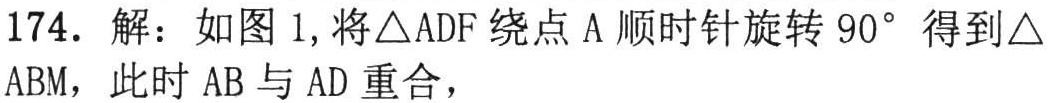
174. 解：如图 1,将\(\triangle ADF\)绕点\(A\)顺时针旋转\(90^{\circ}\)得到\(\triangle ABM\)，此时\(AB\)与\(AD\)重合，